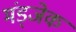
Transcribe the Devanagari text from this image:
मंड्जेक